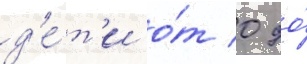
д'е́т'и о́т 0 до́